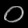
Digit: ၀